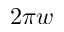
2 \pi w